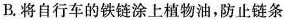
B.将自行车的铁链涂上植物油，防止链条